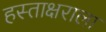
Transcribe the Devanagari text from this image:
हस्ताक्षराला